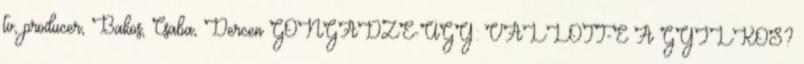
tv, producer, Bakos, Csaba, Dercen GONGADZE-ÜGY: VALLOTT-E A GYILKOS?